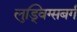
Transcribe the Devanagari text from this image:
लुड्विग्सबर्ग